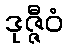
ဒုဇ္ဇီဝံ